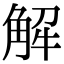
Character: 解